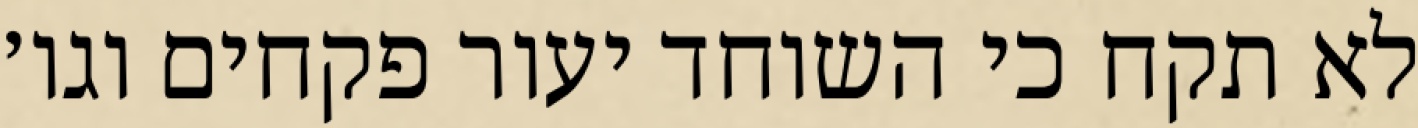
לא תקח כי השוחד יעור פקחים וגו׳